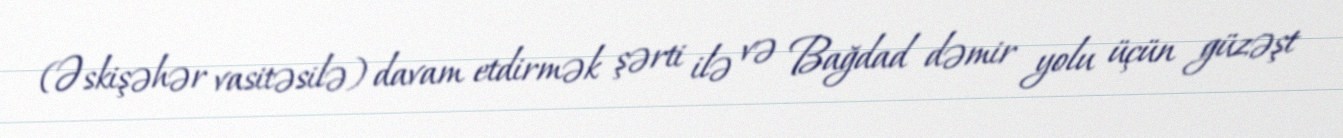
(Əskişəhər vasitəsilə) davam etdirmək şərti ilə və Bağdad dəmir yolu üçün güzəşt